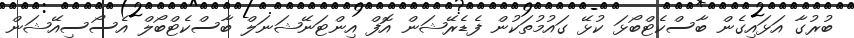
ބުރުގާ އަޅައިގެން ބާސްކެޓްބޯޅަ ކުޅޭ ގައުމުތަކުން ފެޑެރޭޝަން އޮފް އިންޓަނޭޝަނަލް ބާސްކެޓްބޯލް އެސޯސިއޭޝަން